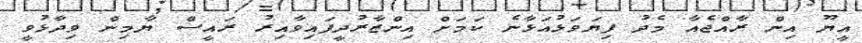
އީޔޫ އިން ރާއްޖެއާ މެދު ފިޔަވަޅުއަޅާނެ ކަމަށް އިންޒާރުދީފައިވާއިރު ރައީސް ޔާމިން ވިދާޅުވީ